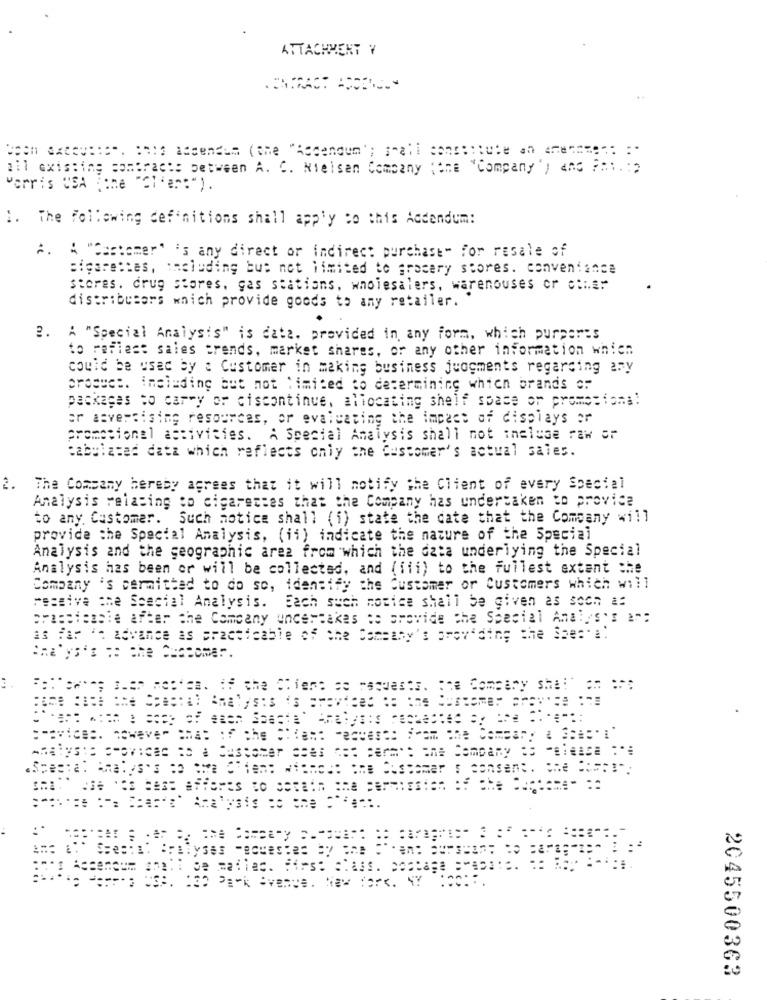
ATTACHMENT Y
been excep :::. INN ascendem (the "Ascendun'; small concircule on anan
contract: between A. C. Nielsen Company (the "Company') and P ::.: )
"arris USA (one "Cl'ar:" ).
1. The following definitions shall apply to this Addendum:
A. # "Customer' 's any direct or indirect purchase" for resale of
cigarettes, including but not limited to grocery stores. convenfance
stores. drug stores, gas stations, wholesalers, warenouses or cinar
distributors which provide goods to any retailer.
2. A "Special Analysis" is data, provided in any form, which purports
to reflect sales trends, market shares, or any other information which
could be used by : Customer in making business juogments regarding any
imeleding but not limited to determining which brands o.
packages to carry or discontinue, allocating shelf space or promotions:
or asvertising resources, or evaluating the impact of displays er
promocional activities. A Special Analysis shall not theluse raw or
tabulated data which reflects only the Customer's actual sales.
2.
The Company hereby agrees that it will notify the Client of every Special
Analysis relating to cigarettes that the Company has undertaken to provice
to any, Customer. Such notice shall (i) state the date that the Company will
provide the Special Analysis, (ii) indicate the nature of the Special
Analysis and the geographic area from which the data underlying the Special
Analysis has been or will be collected, and (iii) to the fullest extent the
Company 's permitted to do so, identify the Customer or Customers which will
receive the Special Analysis.
Each such notice shall be given as soon as
prasetessie after the Company uncertakes to provide the Special Analys's ar:
as far ' advance as practicable of the Company's providing the She:' !!
Analys's :: the Customer.
==-::
Analys :: : rovicEd to & Customer coes not para": The Company is "Bleare :"
Park Avenue. New York, NY
2045500363